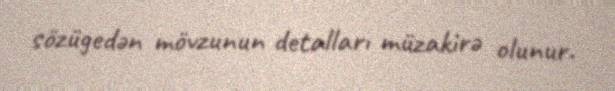
sözügedən mövzunun detalları müzakirə olunur.